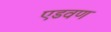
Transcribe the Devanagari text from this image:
एडवण